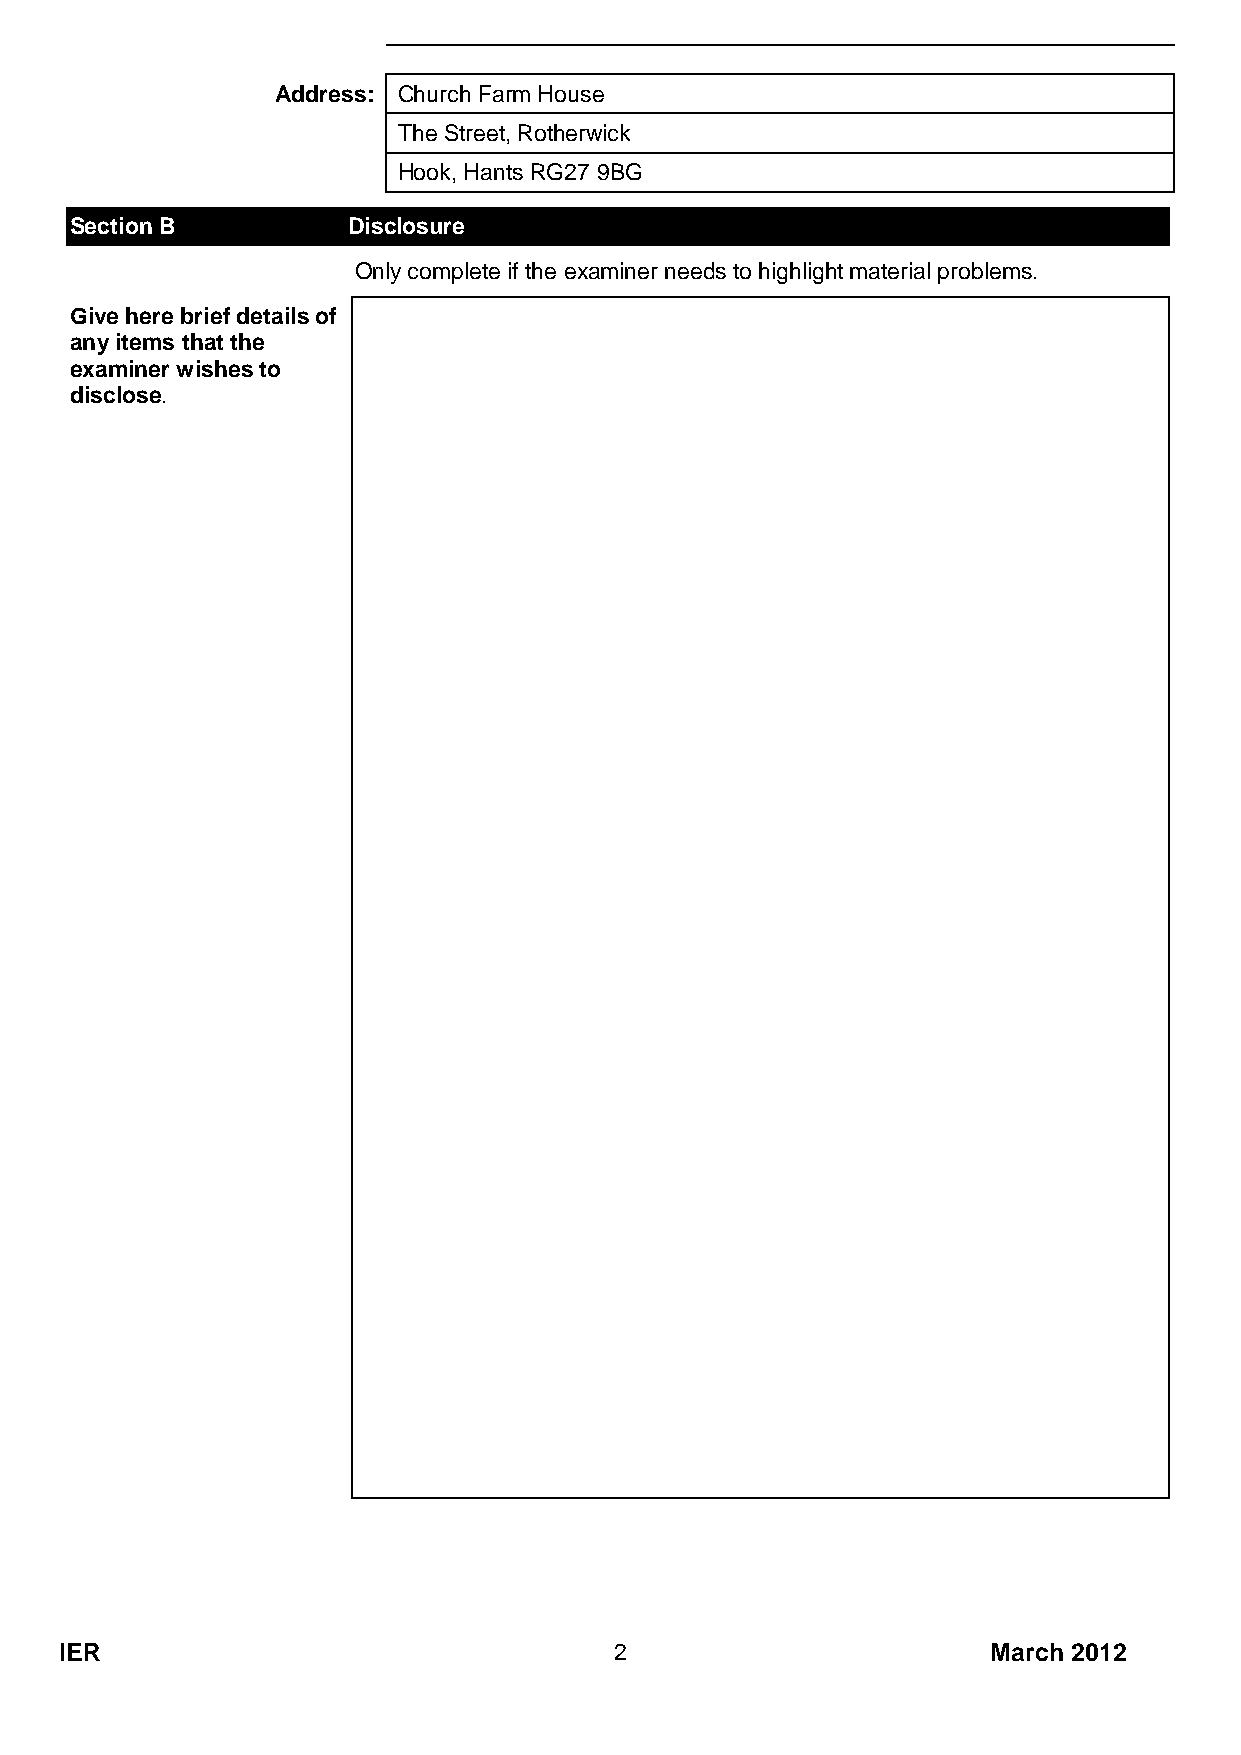
Address: Church Farm House
 The Street, Rotherwick
 Hook, Hants RG27 9BG
 Section B         Disclosure
 Only complete if the examiner needs to highlight material problems.
 Give here brief details of
 any items that the
 examiner wishes to
 disclose.
 IER                                  2                        March 2012